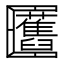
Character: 𠥬